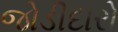
જોડીદારો